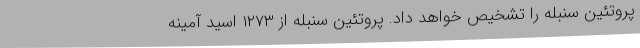
پروتئین سنبله را تشخیص خواهد داد. پروتئین سنبله از ۱۲۷۳ اسید آمینه